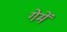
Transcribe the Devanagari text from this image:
गेमें